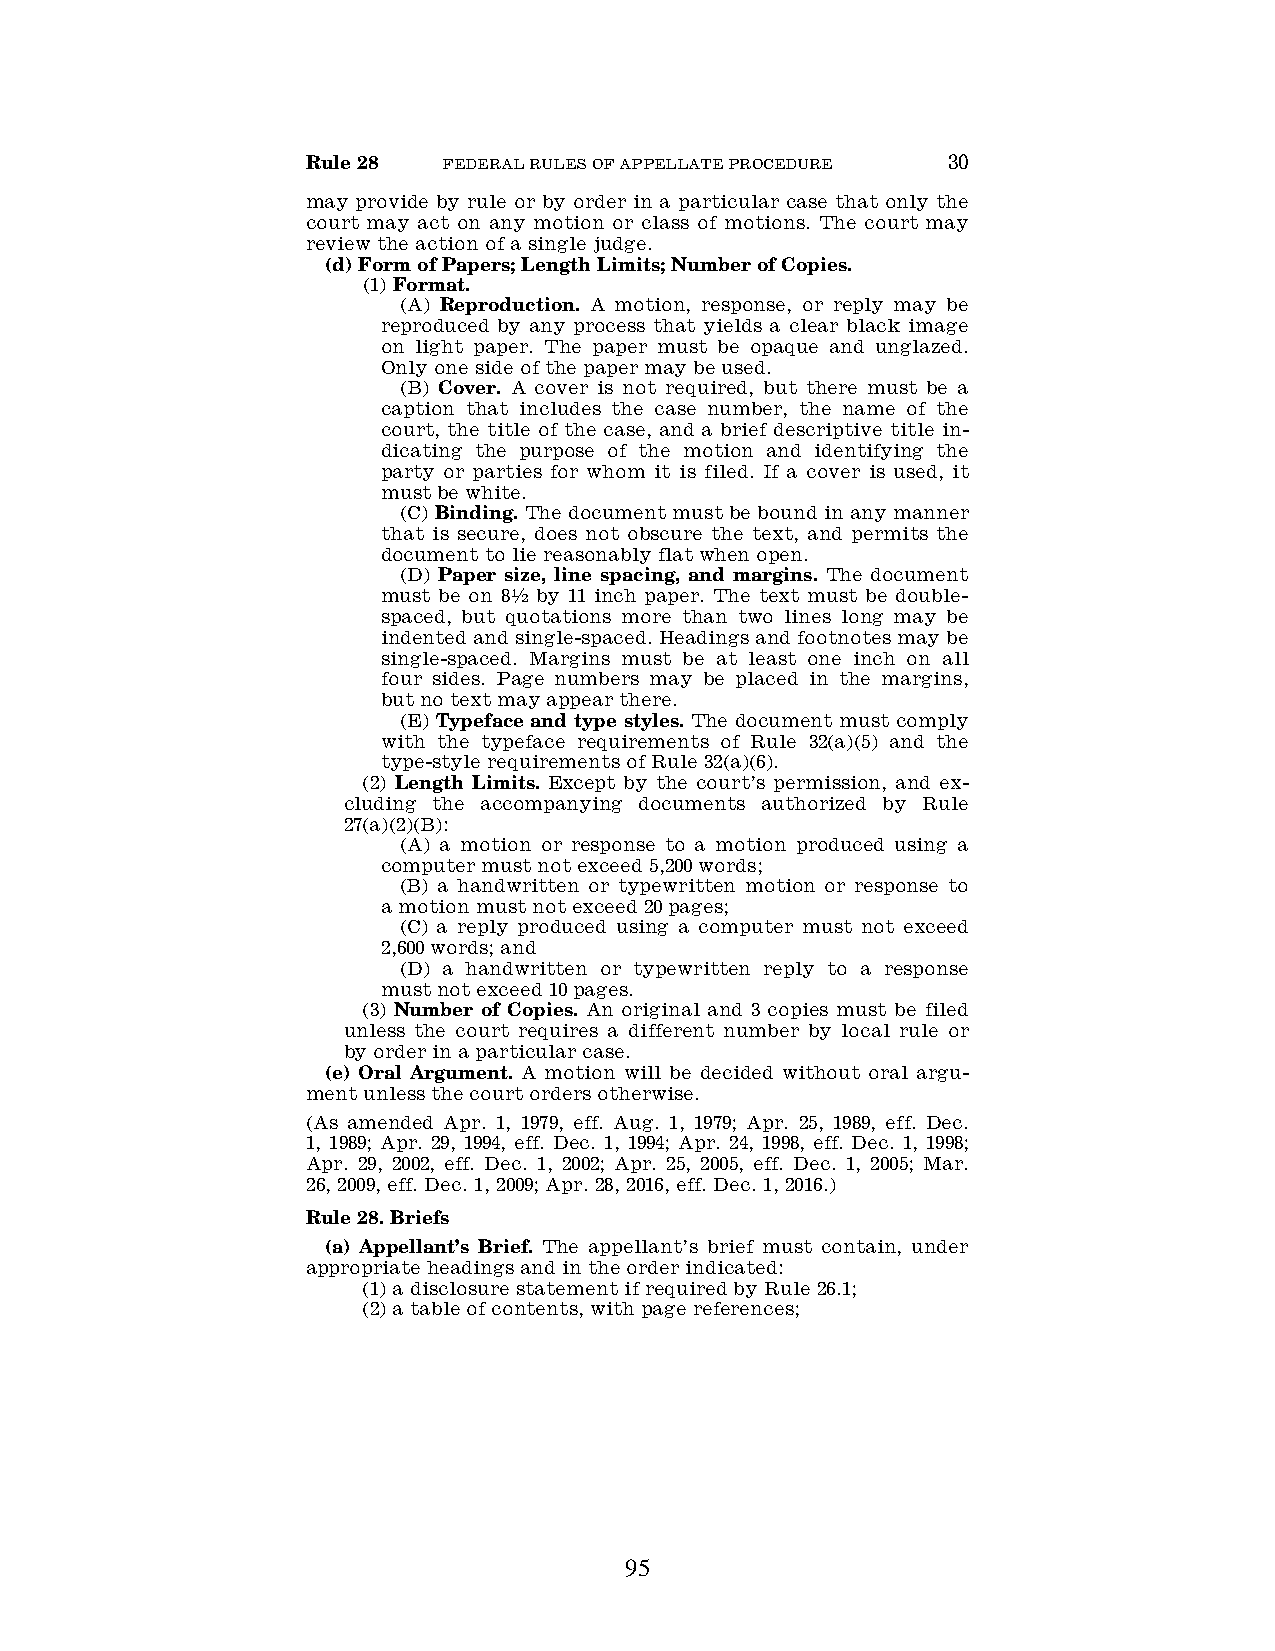
Rule 28  FEDERAL RULES OF APPELLATE PROCEDURE 30
 may provide by rule or by order in a particular case that only the
 court may act on any motion or class of motions. The court may
 review the action of a single judge.
 (d) Form of Papers; Length Limits; Number of Copies.
 (1) Format.
 (A) Reproduction. A motion, response, or reply may be
 reproduced by any process that yields a clear black image
 on light paper. The paper must be opaque and unglazed.
 Only one side of the paper may be used.
 (B) Cover. A cover is not required, but there must be a
 caption that includes the case number, the name of the
 court, the title of the case, and a brief descriptive title in-
 dicating the purpose of the motion and identifying the
 party or parties for whom it is filed. If a cover is used, it
 must be white.
 (C) Binding. The document must be bound in any manner
 that is secure, does not obscure the text, and permits the
 document to lie reasonably flat when open.
 (D) Paper size, line spacing, and margins. The document
 must be on 81⁄
 2
 by 11 inch paper. The text must be double-
 spaced, but quotations more than two lines long may be
 indented and single-spaced. Headings and footnotes may be
 single-spaced. Margins must be at least one inch on all
 four sides. Page numbers may be placed in the margins,
 but no text may appear there.
 (E) Typeface and type styles. The document must comply
 with the typeface requirements of Rule 32(a)(5) and the
 type-style requirements of Rule 32(a)(6).
 (2) Length Limits. Except by the court’s permission, and ex-
 cluding the accompanying documents authorized by Rule
 27(a)(2)(B):
 (A) a motion or response to a motion produced using a
 computer must not exceed 5,200 words;
 (B) a handwritten or typewritten motion or response to
 a motion must not exceed 20 pages;
 (C) a reply produced using a computer must not exceed
 2,600 words; and
 (D) a handwritten or typewritten reply to a response
 must not exceed 10 pages.
 (3) Number of Copies. An original and 3 copies must be filed
 unless the court requires a different number by local rule or
 by order in a particular case.
 (e) Oral Argument. A motion will be decided without oral argu-
 ment unless the court orders otherwise.
 (As amended Apr. 1, 1979, eff. Aug. 1, 1979; Apr. 25, 1989, eff. Dec.
 1, 1989; Apr. 29, 1994, eff. Dec. 1, 1994; Apr. 24, 1998, eff. Dec. 1, 1998;
 Apr. 29, 2002, eff. Dec. 1, 2002; Apr. 25, 2005, eff. Dec. 1, 2005; Mar.
 26, 2009, eff. Dec. 1, 2009; Apr. 28, 2016, eff. Dec. 1, 2016.)
 Rule 28. Briefs
 (a) Appellant’s Brief. The appellant’s brief must contain, under
 appropriate headings and in the order indicated:
 (1) a disclosure statement if required by Rule 26.1;
 (2) a table of contents, with page references;
 95